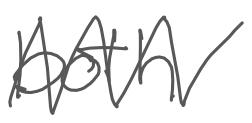
Text: both
Cross-out: zig-zag
Writing tool: digital_gray